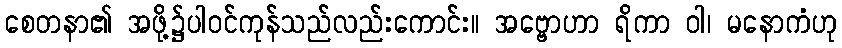
စေတနာ၏ အဖို့၌ပါဝင်ကုန်သည်လည်းကောင်း။ အဗ္ဗောဟာ ရိကာ ဝါ၊ မနောကံဟု